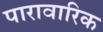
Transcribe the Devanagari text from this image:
पारावारिक